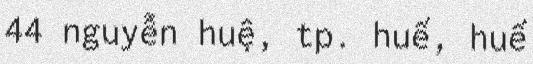
44 nguyễn huệ, tp. huế, huế